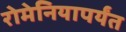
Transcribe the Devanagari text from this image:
रोमेनियापर्यंत